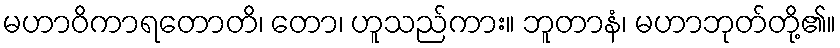
မဟာဝိကာရတောတိ၊ တော၊ ဟူသည်ကား။ ဘူတာနံ၊ မဟာဘုတ်တို့၏။